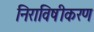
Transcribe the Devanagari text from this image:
निराविषीकरण